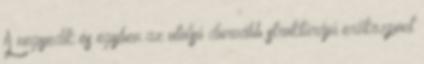
A negyedik és egyben az utolsó durvább struktúrájú erőközpont